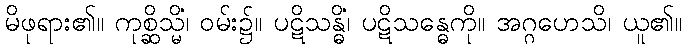
မိဖုရား၏။ ကုစ္ဆိသ္မိံ၊ ဝမ်း၌။ ပဋိသန္ဓိံ၊ ပဋိသန္ဓေကို။ အဂ္ဂဟေသိ၊ ယူ၏။